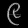
Digit: ၉